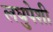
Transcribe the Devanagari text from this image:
लघुपेशी